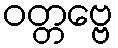
ဝတ္တဗ္ဗေ